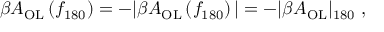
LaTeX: \beta A _ { \mathrm { O L } } \left( f _ { 1 8 0 } \right) = - | \beta A _ { \mathrm { O L } } \left( f _ { 1 8 0 } \right) | = - | \beta A _ { \mathrm { O L } } | _ { 1 8 0 } \; ,